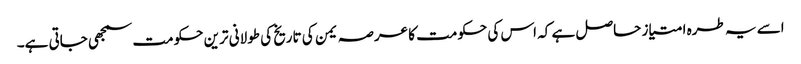
اسے یہ طرہ امتیاز حاصل ہے کہ اس کی حکومت کا عرصہ یمن کی تاریخ کی طولانی ترین حکومت سمجھی جاتی ہے۔